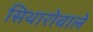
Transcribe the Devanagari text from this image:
सिथारोवाले